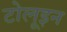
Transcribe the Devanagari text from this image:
टोलूइन